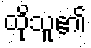
ထိုသူ၏